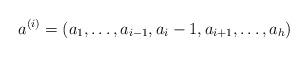
LaTeX: \begin{align*}a^{(i)}=(a_1,\ldots,a_{i-1},a_i-1,a_{i+1},\ldots,a_h)\end{align*}